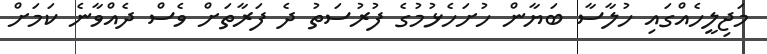
މަޖިލީހެއްގައި ހުލާސާ ބަޔާން ހުށަހެޅުމުގެ ފުރުސަތު ދެ ފަރާތަށް ވެސް ދެއްވާނެ ކަމަށް